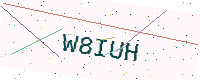
Text: W8IUH